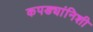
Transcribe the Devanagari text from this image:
कपड्यांनिशी